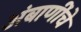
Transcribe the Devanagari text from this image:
अंबाणींचे